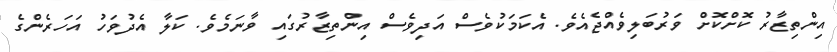
އިންތިޒާރު ކޮށްކޮށް ވަރުބަލިވެއްޖެއެވެ. އެކަމަކުވެސް އަދިވެސް އިންތިޒާރުގައި ވާނަމެވެ. ކަލާ އެދުވަހު އަހަރެންގެ